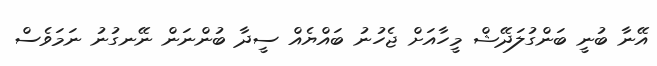
އޭނާ ބުނީ ބަންގުލަދޭޝް މީހާއަށް ޖެހުނު ބައްޔެއް ސީދާ ބުންނަން ނޭނގުނު ނަމަވެސް